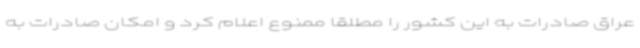
عراق صادرات به این کشور را مطلقا ممنوع اعلام کرد و امکان صادرات به